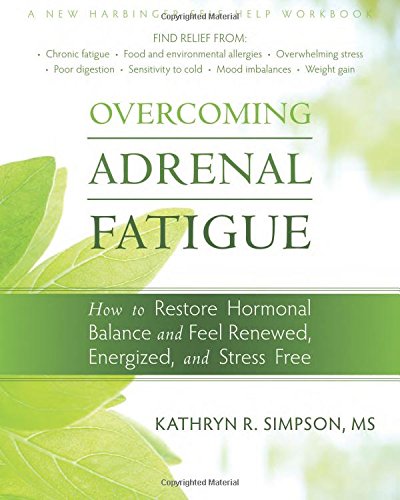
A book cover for Overcoming Adrenal Fatigue: How to Restore Hormonal Balance and Feel Renewed, Energized, and Stress Free (New Harbinger Self-Help Workbook); Kathryn Simpson; Health, Fitness & Dieting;